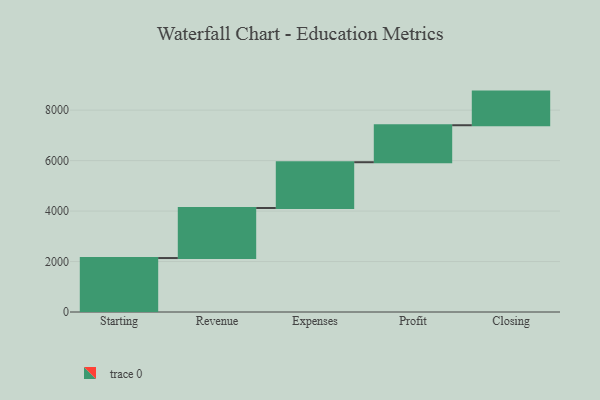
{"axis": {"x": "Step", "y": "Value"}, "legend": [""], "data": [{"x": "Starting", "y": 2138.0, "type": ""}, {"x": "Revenue", "y": 1983.0, "type": ""}, {"x": "Expenses", "y": 1815.0, "type": ""}, {"x": "Profit", "y": 1466.0, "type": ""}, {"x": "Closing", "y": 1333.0, "type": ""}]}